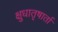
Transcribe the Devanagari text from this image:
क्षुधातृषार्ता